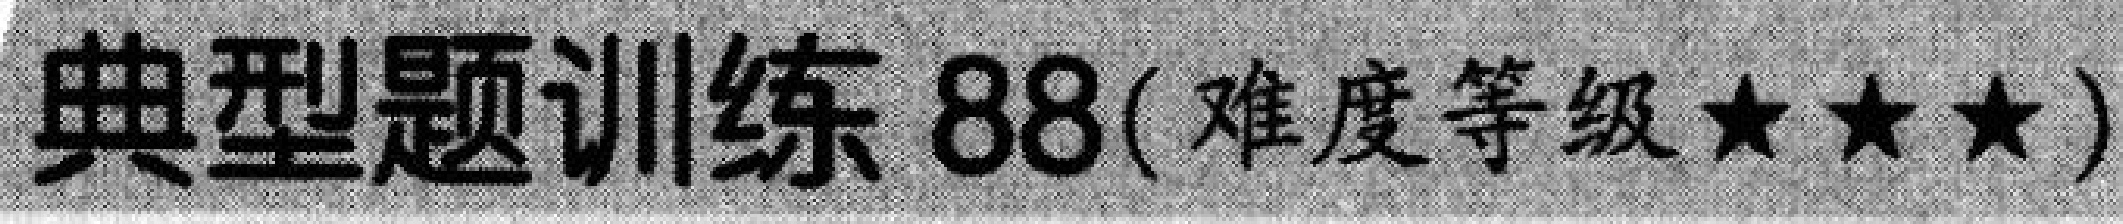
典型题训练 88(难度等级$\star\star\star$)